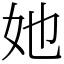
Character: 她